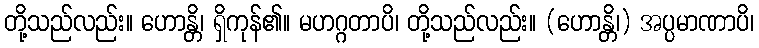
တို့သည်လည်း။ ဟောန္တိ၊ ရှိကုန်၏။ မဟဂ္ဂတာပိ၊ တို့သည်လည်း။ (ဟောန္တိ၊) အပ္ပမာဏာပိ၊